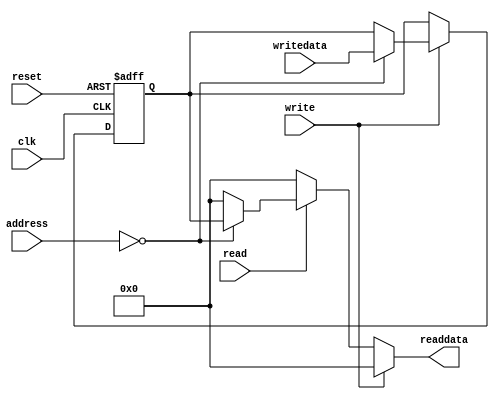
module Test_LogicOnly 
(
clk,
reset,

address,
write,
read,
writedata,
readdata
);

input            clk;
input            reset;

input   [13: 0] address;
input           write;
input           read;
input   [31: 0] writedata;
output  [31: 0] readdata;

reg     [31: 0] readdata;


reg [31:0] storage;
reg [31:0] storage_p1;


always @(*)
begin
	storage = storage_p1;
	readdata = 32'h00000000;

	if (write)
	begin
		if (address == 10'h000) storage = writedata;
	end
	
	else if (read)
	begin
		if (address == 10'h000) readdata = storage;
	end
	
end

always @(posedge clk or posedge reset)
begin
	if (reset == 1'b1)
	begin
		storage_p1 <= 32'h00000000;

	end
	
	else
	begin
		storage_p1 <= storage;
	
	end
		
end

/*

//==================================
//			WIRES / REGS
//==================================

// Entry 0 = 0x0 in RAM, 1 = 0x1, etc.
// 1024 bits for control/interface data.
// I always update control or interface_data[0] at the same time so they are consistent.

reg [31:0] interface_data [0:31];
reg [31:0] interface_data_p1 [0:31];
reg [31:0] control; // control = interface_data[0]
reg [31:0] control_p1;
	
reg [4:0] counter; // For incrementing through test data
reg [4:0] counter_p1;

//===================================
//		Module Instantiations
//==================================


//===================================
//				Main
//===================================

always @(*) // @(slave_address or matrixA_dout or matrixB_dout or matrixResult_dout)
begin
	interface_data[0] = interface_data_p1[0]; 
	interface_data[1] = interface_data_p1[1]; 
	interface_data[2] = interface_data_p1[2]; 
	interface_data[3] = interface_data_p1[3]; 
	interface_data[4] = interface_data_p1[4]; 
	interface_data[5] = interface_data_p1[5]; 
	interface_data[6] = interface_data_p1[6]; 
	interface_data[7] = interface_data_p1[7]; 
	interface_data[8] = interface_data_p1[8]; 
	interface_data[9] = interface_data_p1[9]; 
	interface_data[10] = interface_data_p1[10]; 
	interface_data[11] = interface_data_p1[11]; 
	interface_data[12] = interface_data_p1[12]; 
	interface_data[13] = interface_data_p1[13]; 
	interface_data[14] = interface_data_p1[14]; 
	interface_data[15] = interface_data_p1[15]; 
	interface_data[16] = interface_data_p1[16]; 
	interface_data[17] = interface_data_p1[17]; 
	interface_data[18] = interface_data_p1[18]; 
	interface_data[19] = interface_data_p1[19]; 
	interface_data[20] = interface_data_p1[20]; 
	interface_data[21] = interface_data_p1[21]; 
	interface_data[22] = interface_data_p1[22]; 
	interface_data[23] = interface_data_p1[23]; 
	interface_data[24] = interface_data_p1[24]; 
	interface_data[25] = interface_data_p1[25]; 
	interface_data[26] = interface_data_p1[26]; 
	interface_data[27] = interface_data_p1[27]; 
	interface_data[28] = interface_data_p1[28]; 
	interface_data[29] = interface_data_p1[29]; 
	interface_data[30] = interface_data_p1[30]; 
	interface_data[31] = interface_data_p1[31];
	
	control = interface_data[0];
	counter = counter_p1;
	
	// NOTE: There are 1024 wasted bits in the RAM because these addresses are being used
	// for control/interface regs. This method saves address space. Our RAM needs 15 bits 
	// to address every entry. It's hard to create a small number of "unused" slave_addresses 
	// like we've seen before so this is the best way to do it. 
	if (slave_write == 1'b1) 
	begin		
		// If writing to control/interface data.
		// The 5 LSBs gives us 1024 bits that are readily available after the write.
		if (slave_address[14:5] == 0) 
		begin
			interface_data[slave_address[4:0]] = slave_writedata;
			control = interface_data[0];
		end
	end
	
	if (slave_read == 1'b1) 
	begin
		slave_readdata = 0;
		
		if (slave_address[14:5] == 0) 
		begin
			slave_readdata = interface_data[slave_address[4:0]];
		end
	end
	
	if (control[0] == 1'b0) // if start == 0		
	begin 
		control[1] = 1'b0; // Done = 0
		interface_data[0] = control;
	end
	
	if (control[0] == 1'b1) // if start == 1
	begin 
		// Hardcoded test data.
		// interface_data[10] contains HW to SW data.
		case(counter) 
			0: interface_data[10] = {{3'd1,3'd0}, {3'd2, 3'd0}}; // Move pawns forward 1
			1: interface_data[10] = {{3'd1,3'd1}, {3'd2, 3'd1}}; 
			2: interface_data[10] = {{3'd1,3'd2}, {3'd2, 3'd2}}; 
			3: interface_data[10] = {{3'd1,3'd3}, {3'd2, 3'd3}};
			4: interface_data[10] = {{3'd1,3'd4}, {3'd2, 3'd4}};
			5: interface_data[10] = {{3'd1,3'd5}, {3'd2, 3'd5}};
			6: interface_data[10] = {{3'd1,3'd6}, {3'd2, 3'd6}};
			7: interface_data[10] = {{3'd1,3'd7}, {3'd2, 3'd7}};
			
			8: interface_data[10] = {{3'd0,3'd0}, {3'd1, 3'd0}}; // Move rooks forward 1
			9: interface_data[10] = {{3'd0,3'd7}, {3'd1, 3'd7}};
			default: interface_data[10] = 0;
		endcase 
		control[1] = 1'b1; // Done = 1
		interface_data[0] = control;
	end
	
	if ((!control[0]) && control_p1[0]) // If start changed from 1 to 0
	begin
		counter = counter_p1 + 1; // This is for incrementing through the test data 
		if (counter > 9) counter = 0;
	end 
end


always @ (posedge clk) begin
	counter_p1 <= counter;
	control_p1 <= interface_data[0];
	
	interface_data_p1[0] <= interface_data[0]; 
	interface_data_p1[1] <= interface_data[1]; 
	interface_data_p1[2] <= interface_data[2]; 
	interface_data_p1[3] <= interface_data[3]; 
	interface_data_p1[4] <= interface_data[4]; 
	interface_data_p1[5] <= interface_data[5]; 
	interface_data_p1[6] <= interface_data[6]; 
	interface_data_p1[7] <= interface_data[7]; 
	interface_data_p1[8] <= interface_data[8]; 
	interface_data_p1[9] <= interface_data[9]; 
	interface_data_p1[10] <= interface_data[10]; 
	interface_data_p1[11] <= interface_data[11]; 
	interface_data_p1[12] <= interface_data[12]; 
	interface_data_p1[13] <= interface_data[13]; 
	interface_data_p1[14] <= interface_data[14]; 
	interface_data_p1[15] <= interface_data[15]; 
	interface_data_p1[16] <= interface_data[16]; 
	interface_data_p1[17] <= interface_data[17]; 
	interface_data_p1[18] <= interface_data[18]; 
	interface_data_p1[19] <= interface_data[19]; 
	interface_data_p1[20] <= interface_data[20]; 
	interface_data_p1[21] <= interface_data[21]; 
	interface_data_p1[22] <= interface_data[22]; 
	interface_data_p1[23] <= interface_data[23]; 
	interface_data_p1[24] <= interface_data[24]; 
	interface_data_p1[25] <= interface_data[25]; 
	interface_data_p1[26] <= interface_data[26]; 
	interface_data_p1[27] <= interface_data[27]; 
	interface_data_p1[28] <= interface_data[28]; 
	interface_data_p1[29] <= interface_data[29]; 
	interface_data_p1[30] <= interface_data[30]; 
	interface_data_p1[31] <= interface_data[31]; 
	
end // always @ (posedge clk)
   
   
*/

endmodule